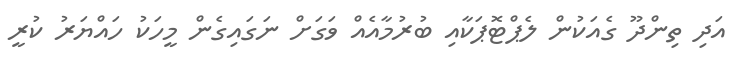
އަދި ތިންދޫ ގެއަކުން ލެޕްޓޮޕަކާއި ބުރުމާއެއް ވަގަށް ނަގައިގެން މީހަކު ހައްޔަރު ކުރީ